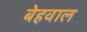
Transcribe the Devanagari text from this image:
बेहवाल